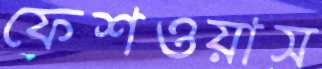
ফেশওয়াস